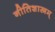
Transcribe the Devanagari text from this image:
नीतिशास्त्रम्‌